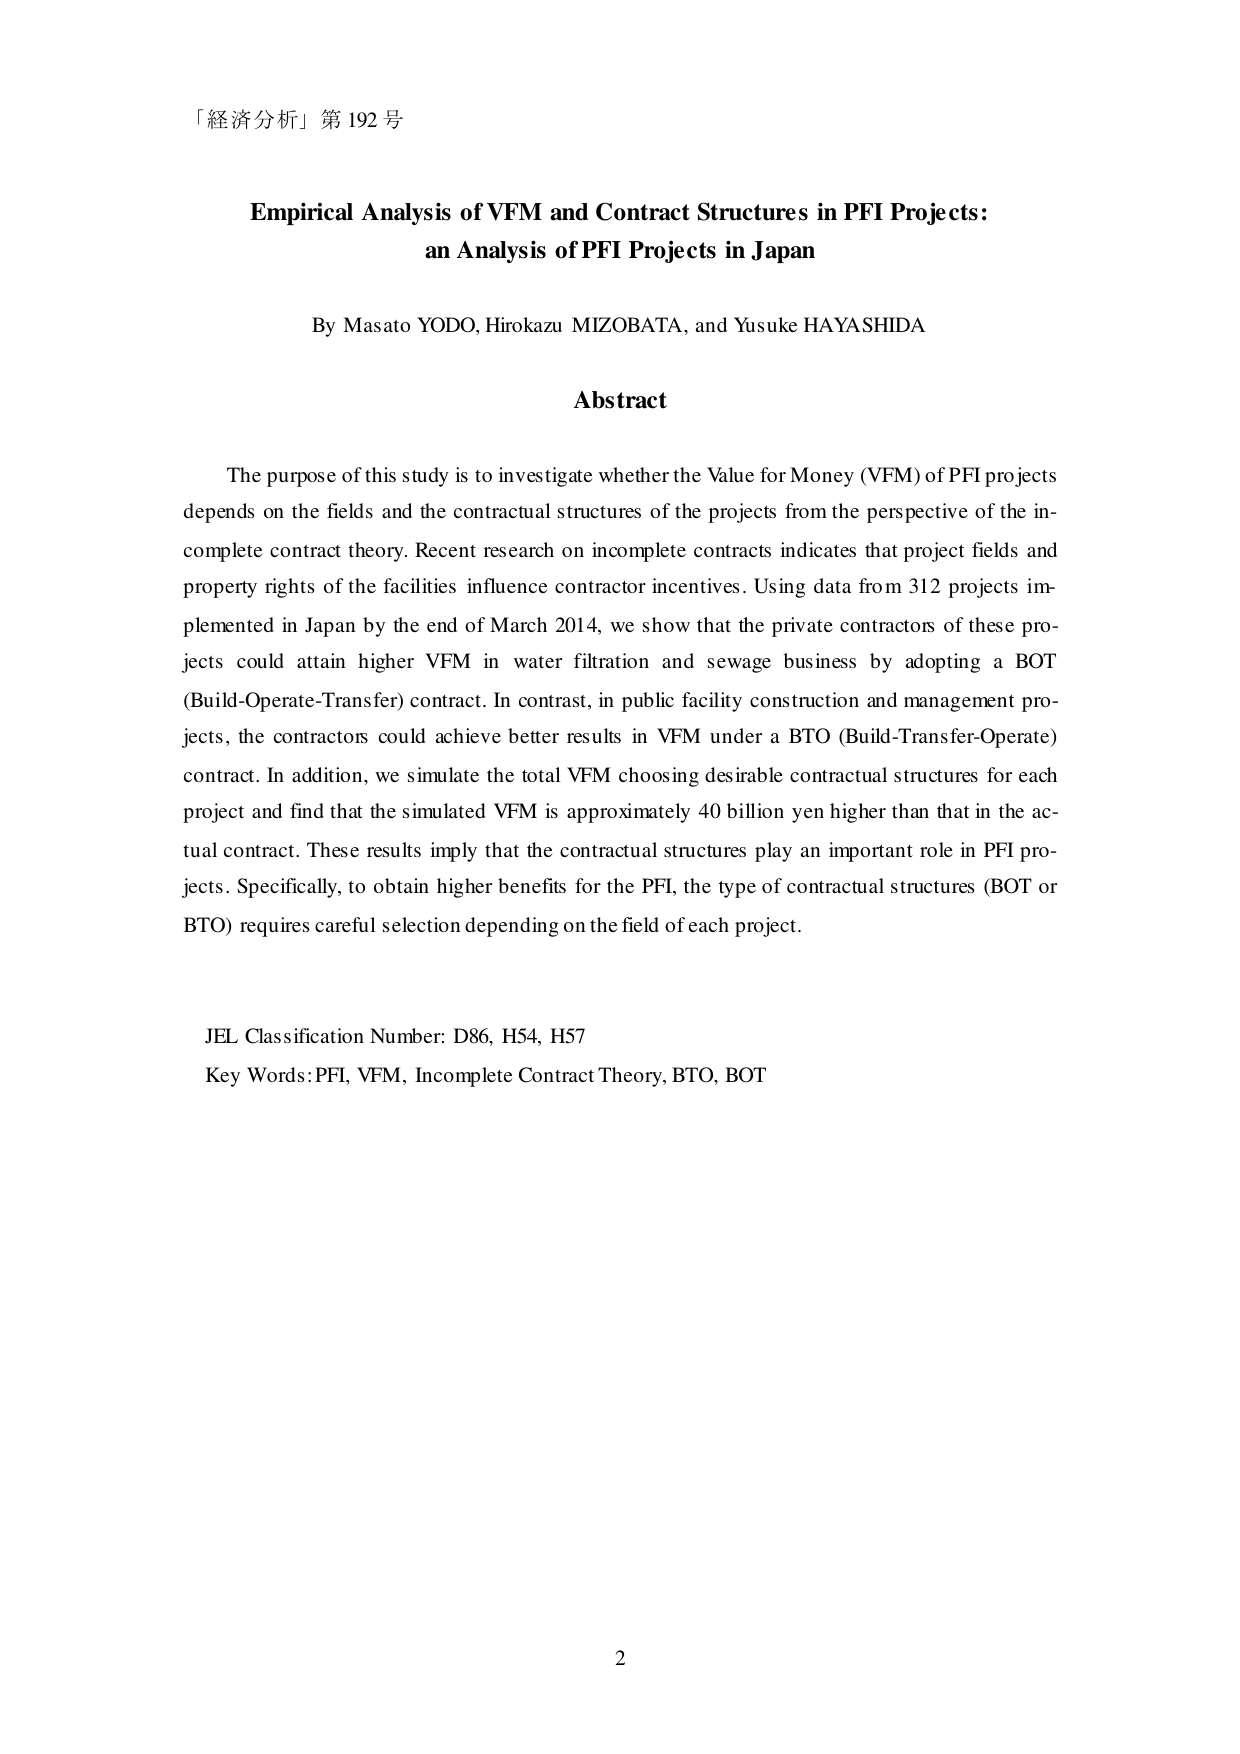
「経済分析」第 192 号

Empirical Analysis of VFM and Contract Structures in PFI Projects:
an Analysis of PFI Projects in Japan

By Masato YODO, Hirokazu MIZOBATA, and Yusuke HAYASHIDA

Abstract

The purpose of this study is to investigate whether the Value for Money (VFM) of PFI projects depends on the fields and the contractual structures of the projects from the perspective of the incomplete contract theory. Recent research on incomplete contracts indicates that project fields and property rights of the facilities influence contractor incentives. Using data from 312 projects implemented in Japan by the end of March 2014, we show that the private contractors of these projects could attain higher VFM in water filtration and sewage business by adopting a BOT (Build-Operate-Transfer) contract. In contrast, in public facility construction and management projects, the contractors could achieve better results in VFM under a BTO (Build-Transfer-Operate) contract. In addition, we simulate the total VFM choosing desirable contractual structures for each project and find that the simulated VFM is approximately 40 billion yen higher than that in the actual contract. These results imply that the contractual structures play an important role in PFI projects. Specifically, to obtain higher benefits for the PFI, the type of contractual structures (BOT or BTO) requires careful selection depending on the field of each project.

JEL Classification Number: D86, H54, H57
Key Words: PFI, VFM, Incomplete Contract Theory, BTO, BOT

2